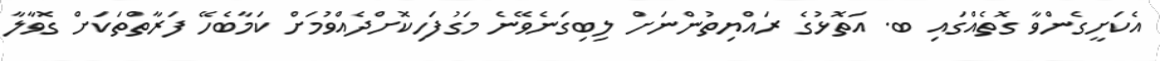
އެކަށީގެންވާ ގޮތެއްގައި ބ. އަތޮޅުގެ ރައްޔިތުންނަށް ލިބިގަނެވޭނެ މަގުފަހިކޮށްދެއްވުމަށް ކަމާބެހޭ ފަރާތްތަކަށް ގޮވާލާ